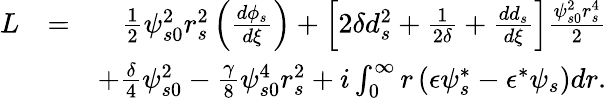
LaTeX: \begin{array}{rlr}{L}&{=}&{\frac{1}{2}\psi_{s0}^{2}r_{s}^{2}\left(\frac{d\phi_{s}}{d\xi}\right)+\left[2\delta d_{s}^{2}+\frac{1}{2\delta}+\frac{dd_{s}}{d\xi}\right]\frac{\psi_{s0}^{2}r_{s}^{4}}{2}}\\ &{}&{+\frac{\delta}{4}\psi_{s0}^{2}-\frac{\gamma}{8}\psi_{s0}^{4}r_{s}^{2}+i\int_{0}^{\infty}r\left(\epsilon\psi_{s}^{*}-\epsilon^{*}\psi_{s}\right)dr.}\end{array}